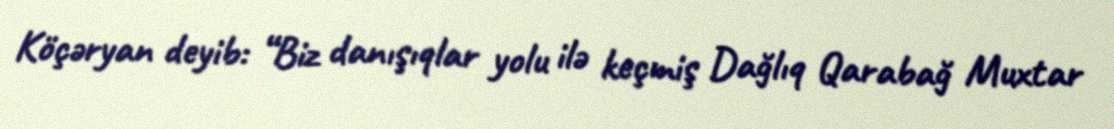
Köçəryan deyib: “Biz danışıqlar yolu ilə keçmiş Dağlıq Qarabağ Muxtar